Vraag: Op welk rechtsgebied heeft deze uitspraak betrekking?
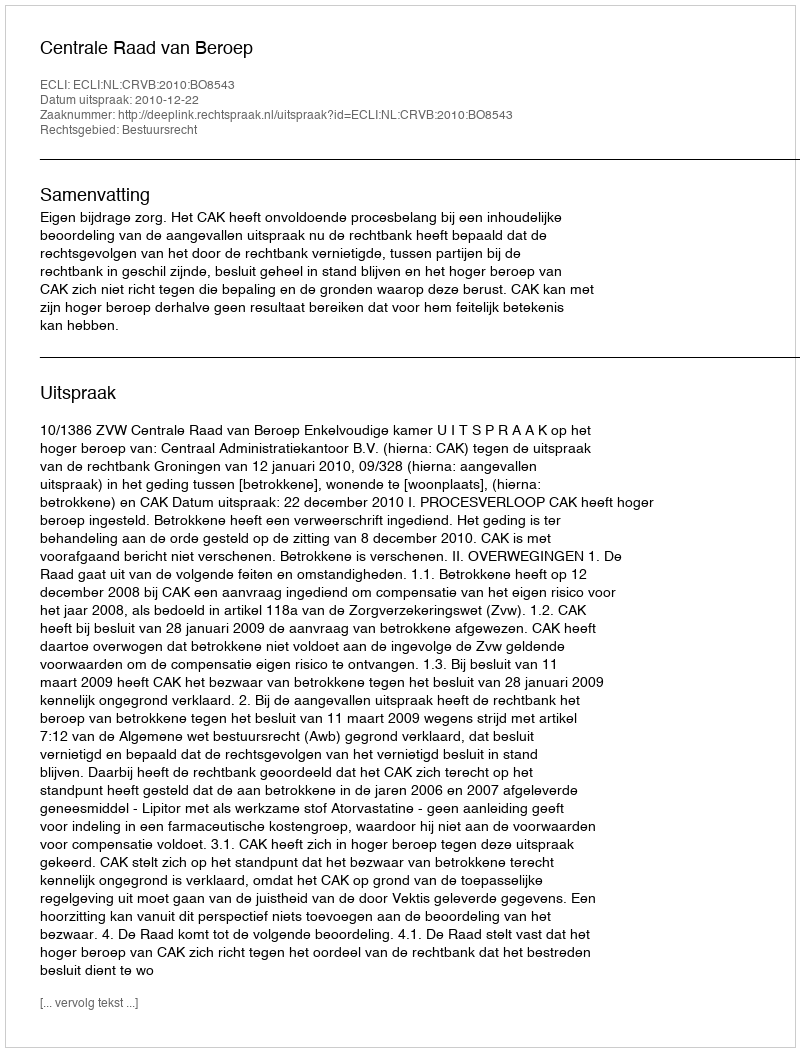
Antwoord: Bestuursrecht